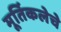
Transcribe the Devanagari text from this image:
मूर्तिकलेचे